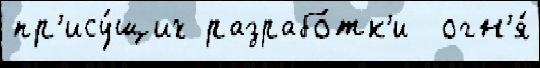
пр'ису́щих разрабо́тк'и  огн'я́